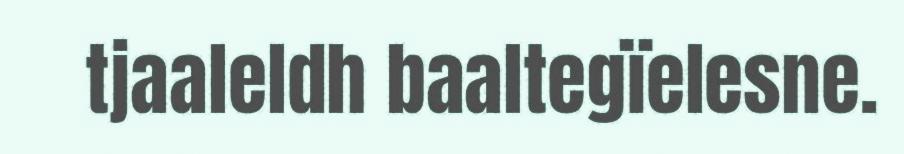
tjaaleldh baaltegïelesne.